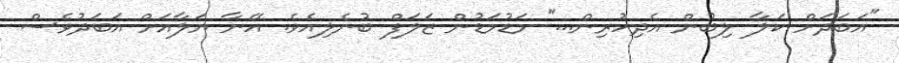
"އަބަދަށް ކަލާ ލިބުން އެދިހުރިން..." މަޑުމަޑުން ޒަލަފް ބުނެލިއެވެ. އޭނާ ޔަލާއަށް އަބަދުވެސް